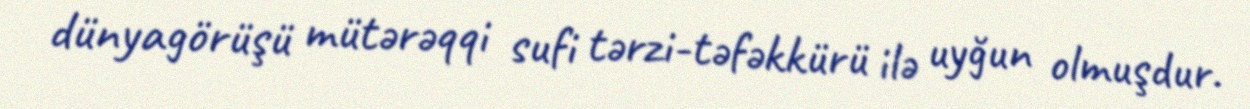
dünyagörüşü mütərəqqi sufi tərzi-təfəkkürü ilə uyğun olmuşdur.